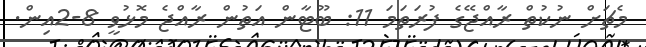
މެޗަށް ނުކުތް ރާއްޖޭގެ ފުރަތަމަ 11: ބޫޓާން އަތުން ރާއްޖެ މޮޅުވީ 8-2އިން.